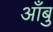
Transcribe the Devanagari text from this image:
आँबु